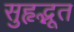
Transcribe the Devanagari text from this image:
सुहृद्भूत